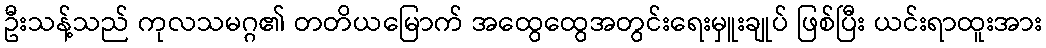
ဦးသန့်သည် ကုလသမဂ္ဂ၏ တတိယမြောက် အထွေထွေအတွင်းရေးမှူးချုပ် ဖြစ်ပြီး ယင်းရာထူးအား